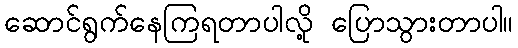
ဆောင်ရွက်နေကြရတာပါလို့ ပြောသွားတာပါ။